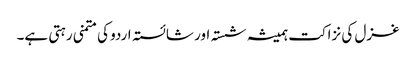
غزل کی نزاکت ہمیشہ شستہ اور شائستہ اردو کی متمنی رہتی ہے۔